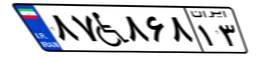
۸۷W۸۶۸۱۳